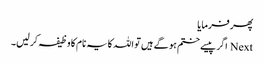
پھر فرمایا
Next اگر پیسے ختم ہو گے ہیں تو اللہ کا یہ نام کا وظیفہ کر لیں۔